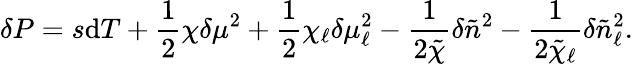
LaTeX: \delta P=s\mathrm{d}T+\frac{1}{2}\chi\delta\mu^{2}+\frac{1}{2}\chi_{\ell}\delta\mu_{\ell}^{2}-\frac{1}{2\tilde{\chi}}\delta\tilde{n}^{2}-\frac{1}{2\tilde{\chi}_{\ell}}\delta\tilde{n}_{\ell}^{2}.